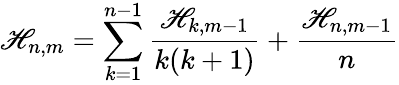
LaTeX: \mathscr{H}_{n,m}=\sum_{k=1}^{n-1}{\frac{{\mathscr{H}_{k,m-1}}}{{k(k+1)}}}+{\frac{{\mathscr{H}_{n,m-1}}}{{n}}}